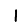
Digit: 1